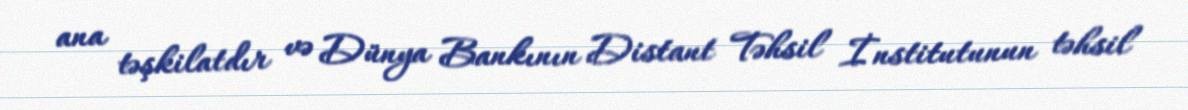
ana təşkilatdır və Dünya Bankının Distant Təhsil İnstitutunun təhsil